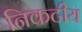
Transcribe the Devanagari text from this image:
निकटीय